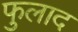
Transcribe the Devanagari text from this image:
फुलाद